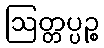
ဩတ္တပ္ပဉ္စ